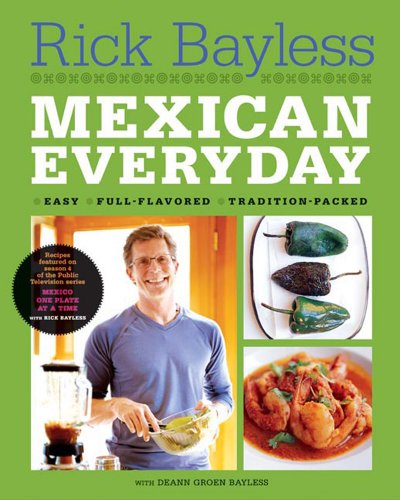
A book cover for Mexican Everyday; Rick Bayless; Cookbooks, Food & Wine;